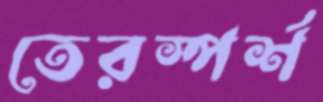
তেরস্পর্শ